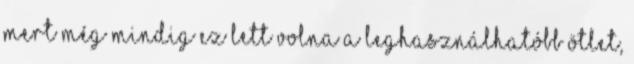
mert még mindig ez lett volna a leghasználhatóbb ötlet,